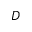
D